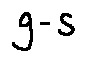
g - s